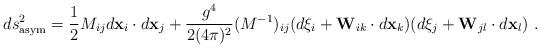
LaTeX: \begin{align*}ds^2_{\rm asym} = \frac{1}{2}M_{ij}d{\bf x}_i\cdot d{\bf x}_j+\frac{g^4}{2(4\pi)^2}(M^{-1})_{ij}(d\xi_i+{\bf W}_{ik}\cdot d{\bf x}_k)(d\xi_j+{\bf W}_{jl}\cdot d{\bf x}_l) \,\, .\end{align*}